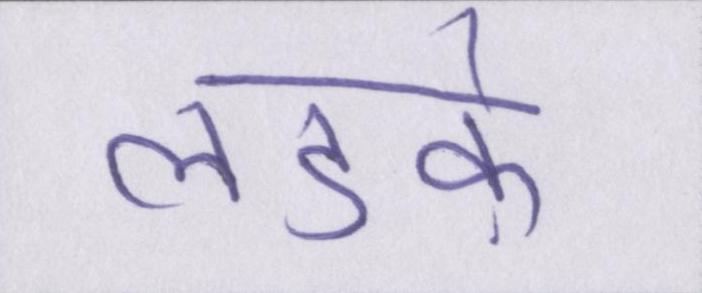
लडक़े